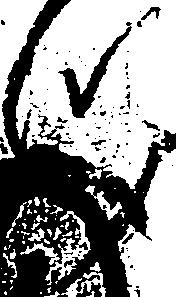
つ